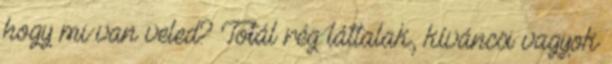
hogy mi van veled? Totál rég láttalak, kíváncsi vagyok